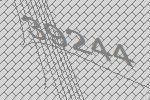
39244